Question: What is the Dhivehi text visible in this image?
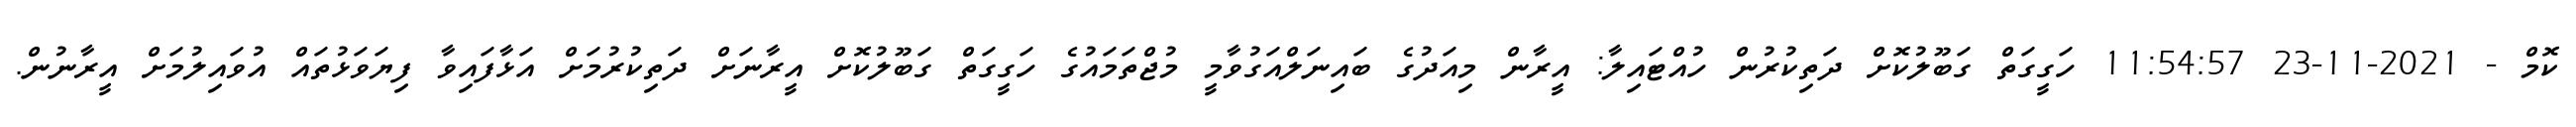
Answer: ކޮމް - 2021-11-23 11:54:57 ހަގީގަތް ގަބޫލުކޮށް ދަތިކުރުން ހުއްޓައިލާ: އީރާން މިއަދުގެ ބައިނަލްއަގުވާމީ މުޖްތަމައުގެ ހަގީގަތް ގަބޫލުކޮށް އީރާނަށް ދަތިކުރުމަށް އަޅާފައިވާ ފިޔަވަޅުތައް އުވައިލުމަށް އީރާނުން.